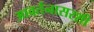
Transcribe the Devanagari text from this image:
आवर्तनासरशी